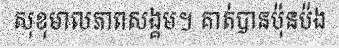
សុខុមាលភាពសង្គម។ គាត់បានប៉ុនប៉ង